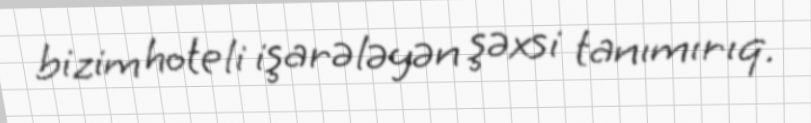
bizim hoteli işarələyən şəxsi tanımırıq.